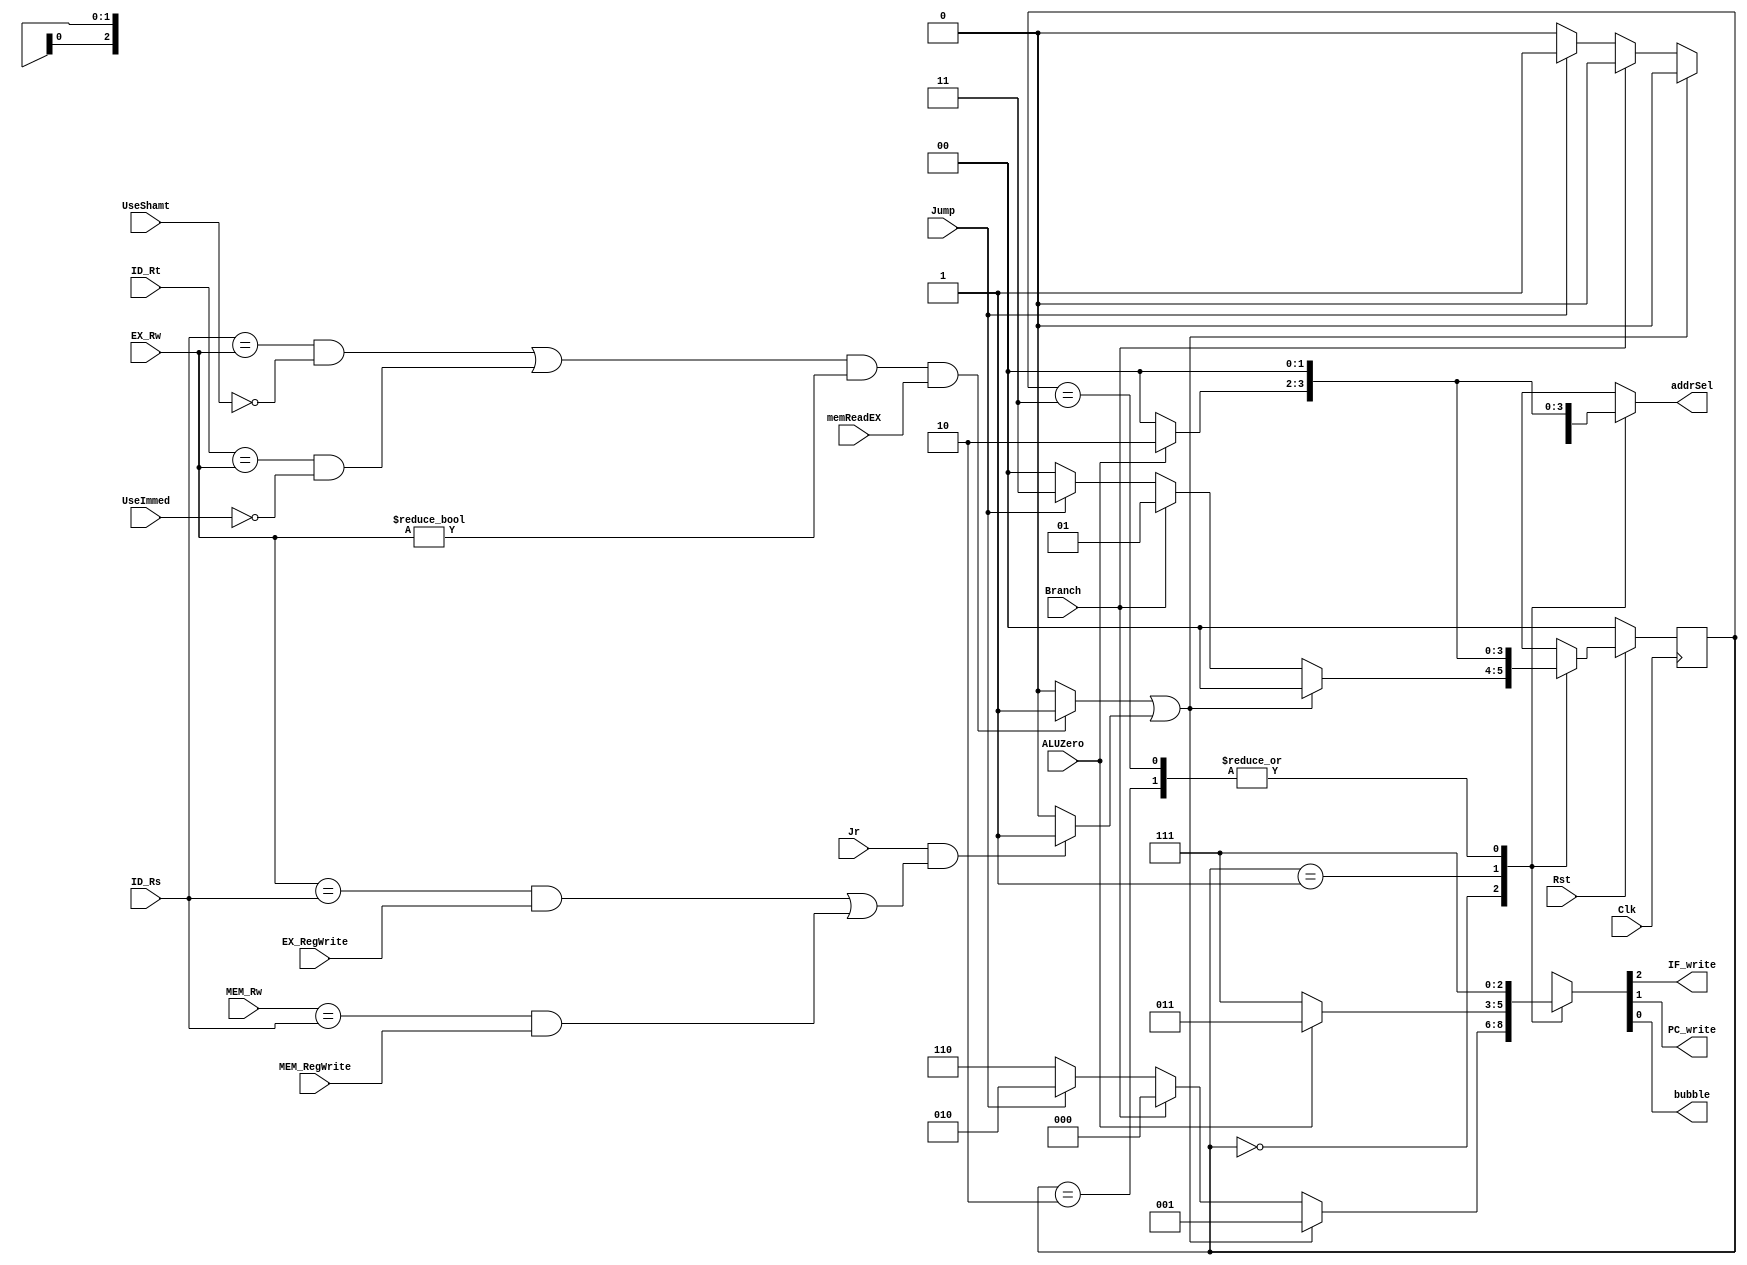
`timescale 1ns / 1ps
module HazardUnit(IF_write, PC_write, bubble, addrSel, Jump, Jr, Branch,
ALUZero,
memReadEX, ID_Rs, ID_Rt, EX_Rw, MEM_Rw, EX_RegWrite, MEM_RegWrite, UseShamt,
UseImmed, Clk, Rst);
// Input and output ports
output reg IF_write, PC_write, bubble;
output reg [1:0] addrSel;
input Jump , Branch , ALUZero , memReadEX , Clk , Rst, Jr,
EX_RegWrite, MEM_RegWrite ;
input [4:0] EX_Rw, MEM_Rw;
input UseShamt , UseImmed ;
input [4:0] ID_Rs, ID_Rt;
wire LdHazard, JrHazard;
reg [1:0] state, Next_State;
// Load hazard, For R-type => if any register equal to load register
// For shift or I-type => if the register equal to the load inf
// Logic for detecting load hazard previous state
/*assign LdHazard =
(memReadEX == 1) & (prevRt != 0) & (((ID_Rs == prevRt || ID_Rt == prevRt) &
UseShamt == 0 & UseImmed == 0) ||
(UseShamt == 1 & ID_Rs == prevRt) ||(UseImmed == 1 & ID_Rs == prevRt ))?1:0 ;
*/
assign LdHazard = (((ID_Rs == EX_Rw && UseShamt != 1) || (ID_Rt == EX_Rw &&
UseImmed != 1)) && EX_Rw != 0 && memReadEX == 1) ? 1 : 0;
// Jr hazard
assign JrHazard = ((Jr == 1) && ((EX_Rw == ID_Rs && EX_RegWrite ==
1)||(MEM_Rw == ID_Rs && MEM_RegWrite == 1))) ? 1 : 0;
always @(*) begin
// Check for hazard => Load, Branch, and Jump
case(state)
2'b00: begin
if ((LdHazard == 1) || (JrHazard == 1)) begin
Next_State <= 2'b00;
{IF_write, PC_write, bubble} <= 3'b001;
addrSel <= 2'b00;
end
else if (Branch == 1) begin
Next_State <= 2'b01;
{IF_write, PC_write, bubble} <= 3'b000;
addrSel <= 2'b00;
end
else if (Jump == 1) begin
Next_State <= 2'b11;
{IF_write, PC_write, bubble} <= 3'b010;
addrSel <= 2'b01;
end
// NO Hazard
else begin
Next_State <= 2'b00;
{IF_write, PC_write, bubble} <= 3'b110;
addrSel <= 2'b00;
end
end
// Branch 0
2'b01: begin
if (ALUZero == 1) begin
// If branch is taken
Next_State <= 2'b10;
{IF_write, PC_write, bubble} <= 3'b011;
addrSel <= 2'b10;
end
else begin
// If branch NOT taken
Next_State <= 2'b00;
{IF_write, PC_write, bubble} <= 3'b111;
addrSel <= 2'b00;
end
end
// Branch 1
2'b10: begin
Next_State <= 2'b00;
{IF_write, PC_write, bubble} <= 3'b111;
addrSel <= 2'b00;
end
// Jump
2'b11: begin
Next_State <= 2'b00;
{IF_write, PC_write, bubble} <= 3'b111;
addrSel <= 2'b00;
end
default: begin
Next_State <= 2'b00;
{IF_write, PC_write, bubble} <= 3'b110;
addrSel <= 2'b00;
end
endcase
end
// State is changed in negedge of the clock
always @(negedge Clk) begin
// If reset
if(Rst == 0)
state <= 2'b00;
else
state <= Next_State;
end
endmodule